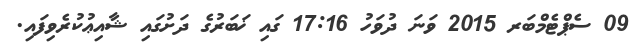
09 ސެޕްޓެމްބަރ 2015 ވަނަ ދުވަހު 17:16 ގައި ޚަބަރުގެ ދަށުގައި ޝާއިޢުކުރެވިފައި.